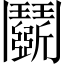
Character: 鬬